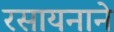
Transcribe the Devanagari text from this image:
रसायनाने